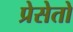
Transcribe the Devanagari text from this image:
प्रेसेतो